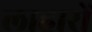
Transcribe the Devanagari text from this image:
लाहारों